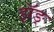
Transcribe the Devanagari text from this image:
झॅङ्